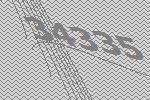
34335